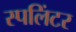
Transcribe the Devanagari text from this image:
स्पलिंटर